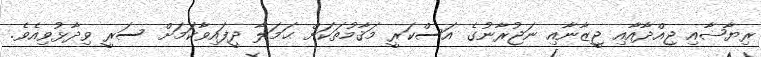
ރިޔާޟާއި ޖިއްދާއާއި ޖީޒާނާއި ނަޖުރާނުގެ އަސްކަރީ މަޤާމުތަކަށް ޙަމަލާ ދީފައިވާކަމަށް ސަރީ ވިދާޅުވިއެވެ.